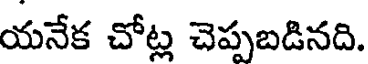
యనేక చోట్ల చెప్పబడినది.